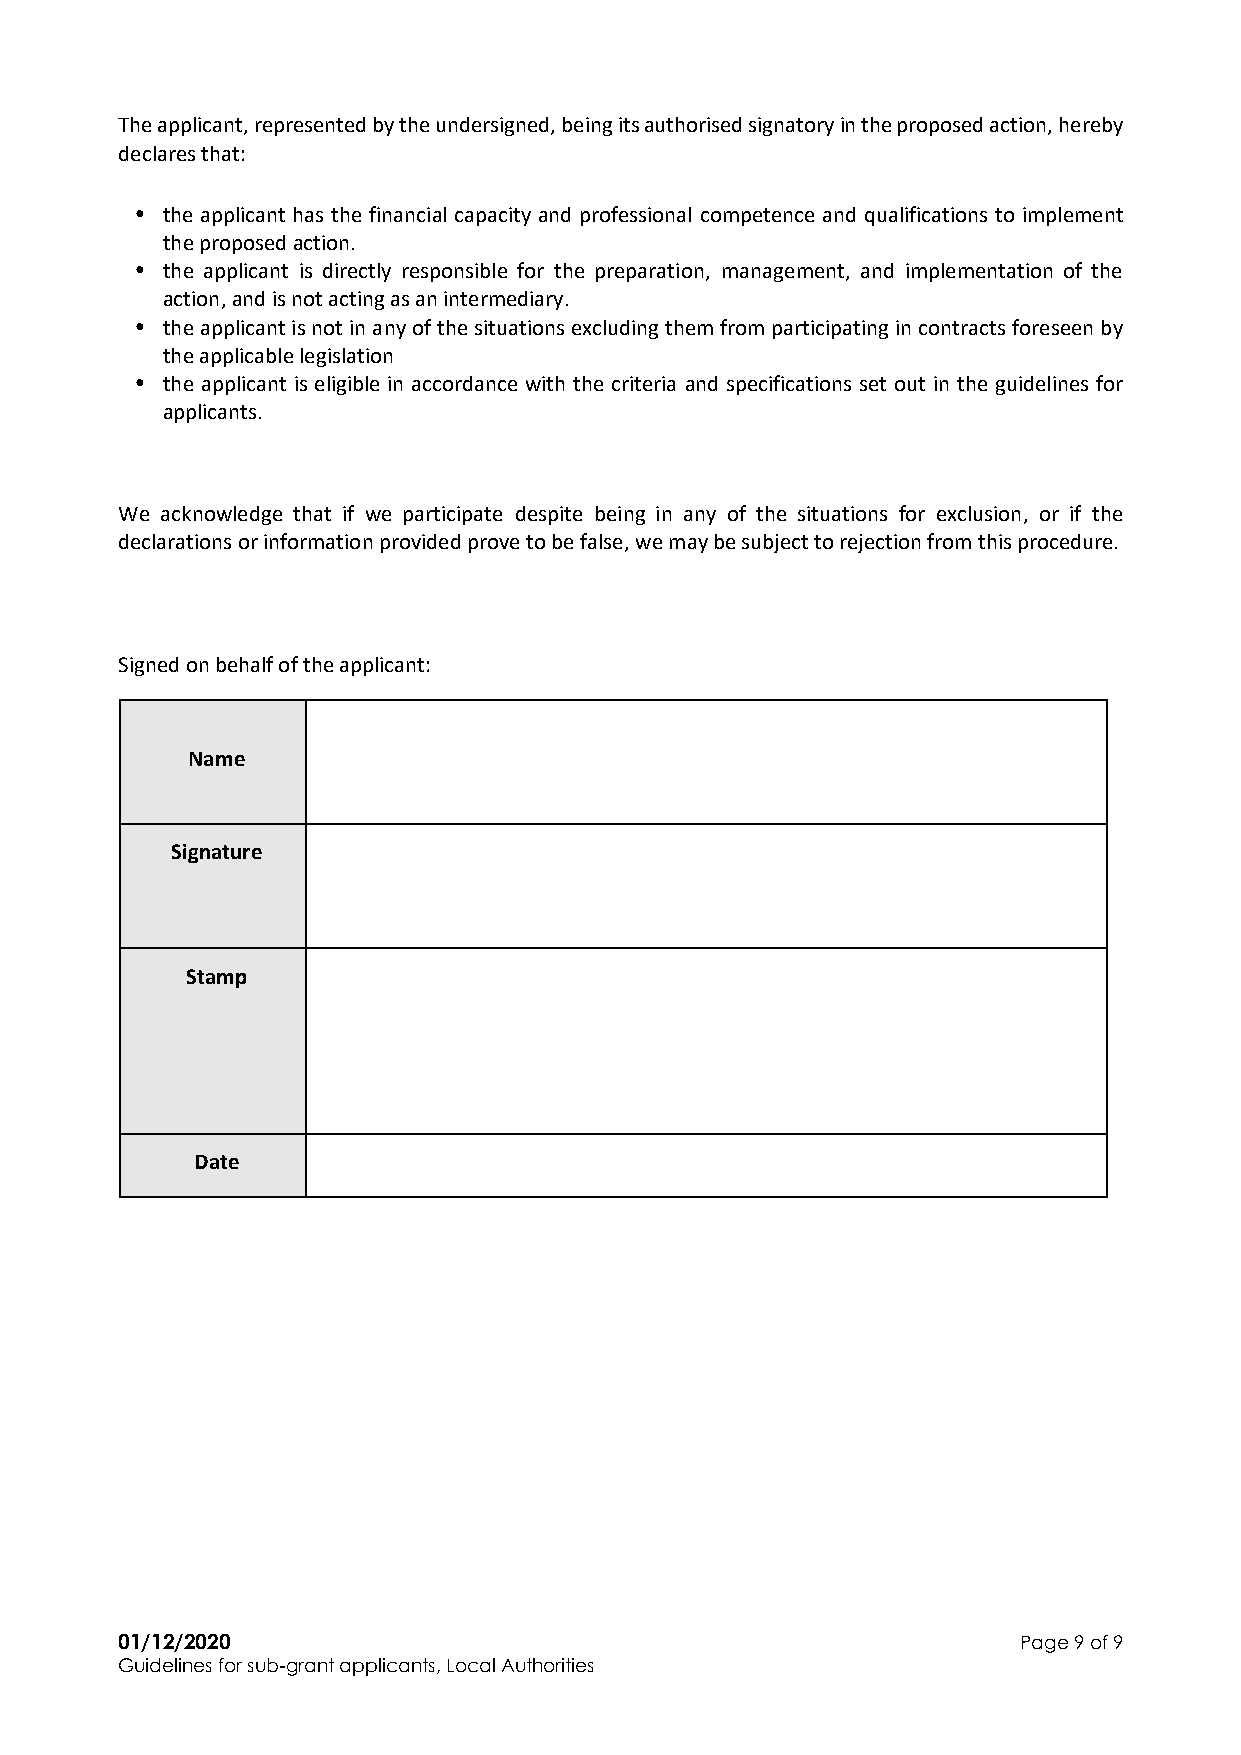
The applicant, represented by the undersigned, being its authorised signatory in the proposed action, hereby
 declares that:
 • the applicant has the financial capacity and professional competence and qualifications to implement
 the proposed action.
 • the applicant is directly responsible for the preparation, management, and implementation of the
 action, and is not acting as an intermediary.
 • the applicant is not in any of the situations excluding them from participating in contracts foreseen by
 the applicable legislation
 • the applicant is eligible in accordance with the criteria and specifications set out in the guidelines for
 applicants.
 We acknowledge that if we participate despite being in any of the situations for exclusion, or if the
 declarations or information provided prove to be false, we may be subject to rejection from this procedure.
 Signed on behalf of the applicant:
 Name
 Signature
 Stamp
 Date
 01/12/2020                                                  Page 9 of 9
 Guidelines for sub-grant applicants, Local Authorities